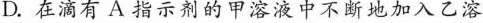
D.在滴有A指示剂的甲溶液中不断地加入乙溶